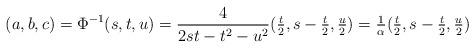
LaTeX: \begin{align*}(a,b,c)=\Phi^{-1}(s,t,u)=\frac{4}{2st-t^{2}-u^{2}}(\textstyle{\frac{t}{2},s-\frac{t}{2},\frac{u}{2}})=\frac{1}{\alpha}(\textstyle{\frac{t}{2},s-\frac{t}{2},\frac{u}{2}}) \end{align*}